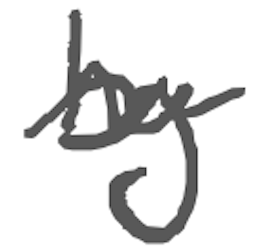
Text: by
Cross-out: wave
Writing tool: digital_gray